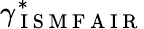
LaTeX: \gamma_{\mathrm{~I~S~M~F~A~I~R~}}^{\ast}